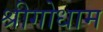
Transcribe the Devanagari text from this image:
श्रीगोधाम